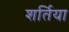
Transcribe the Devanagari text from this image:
शर्तिया